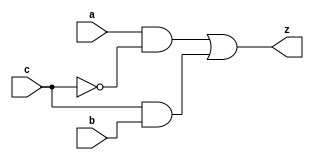
module yMux1(z, a, b, c);
output z;
input a, b, c;
wire notC, upper, lower;

not my_not(notC, c);
and upperAnd(upper, a, notC);
and lowerAnd(lower, c, b);
or my_or(z, upper, lower);

endmodule

module yMux(z, a, b, c);
parameter SIZE = 2;
output [SIZE-1:0] z;
input [SIZE-1:0] a, b;
input c;

yMux1 mux1[SIZE-1:0](z, a, b, c);

endmodule

module yMux4to1(z, a0,a1,a2,a3, c);
parameter SIZE = 2;
output [SIZE-1:0] z;
input [SIZE-1:0] a0, a1, a2, a3;
input [1:0] c;
wire [SIZE-1:0] zLo, zHi;

yMux #(SIZE) lo(zLo, a0, a1, c[0]);
yMux #(SIZE) hi(zHi, a2, a3, c[0]);
yMux #(SIZE) final(z, zLo, zHi, c[1]);

endmodule

module yAdder1(z, cout, a, b, cin);
output z, cout;
input a, b, cin;

xor left_xor(tmp, a, b);
xor right_xor(z, cin, tmp);
and left_and(outL, a, b);
and right_and(outR, tmp, cin);
or my_or(cout, outR, outL);

endmodule


module yAdder(z, cout, a, b, cin);
output [31:0] z;
output cout;
input cin;
input [31:0] a, b;
wire[31:0] in, out;

yAdder1 mine[31:0](z, out, a, b, in);
assign in[0] = cin;
assign in[31:1] = out[30:0];
assign cout = out[31];

endmodule

module yArith(z, cout, a, b, ctrl);
// add if ctrl=0, subtract if ctrl=1 
output [31:0] z;
output cout;
input [31:0] a, b;
input ctrl;
wire[31:0] B;
wire cin;

xor b_comp[31:0](B, b,ctrl);
assign cin = ctrl;
yAdder add(z, cout, a, B, cin);

endmodule

module yAlu(z, zero, a, b, op);
// op=000: z=a&b, op=001: z=a|b, op=010: z=a+b, op=110: z=a-b, op=111: z=a<b?1:0
input [31:0] a, b;
input [2:0] op;
output [31:0] z;
output zero;
wire [31:0] zAnd, zOr, zArith, slt;
wire condition;

assign slt[31:1] = 0;
xor (condition, a[31], b[31]);
yMux #(1) sltMux(slt[0], zArith[31], a[31], condition);

and myAnd[31:0] (zAnd, a, b);
or myOr[31:0] (zOr, a, b);
yArith myArith (zArith, cout, a, b, op[2]);
yMux4to1 #(32) myMux(z, zAnd, zOr, zArith, slt, op[1:0]);

wire [7:0] z8; wire [1:0] z2; wire z1;
or or8[7:0] (z8, z[31:24], z[23:16], z[15:8], z[7:0]);
or or2[1:0] (z2, z8[7:6], z8[5:4], z8[3:2], z8[1:0]);
or or1[0:0] (z1, z2[1], z2[0]);
not last(zero, z1);

endmodule